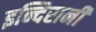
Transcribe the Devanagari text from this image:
इन्दिरानी